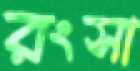
রংসা